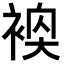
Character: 𬡢